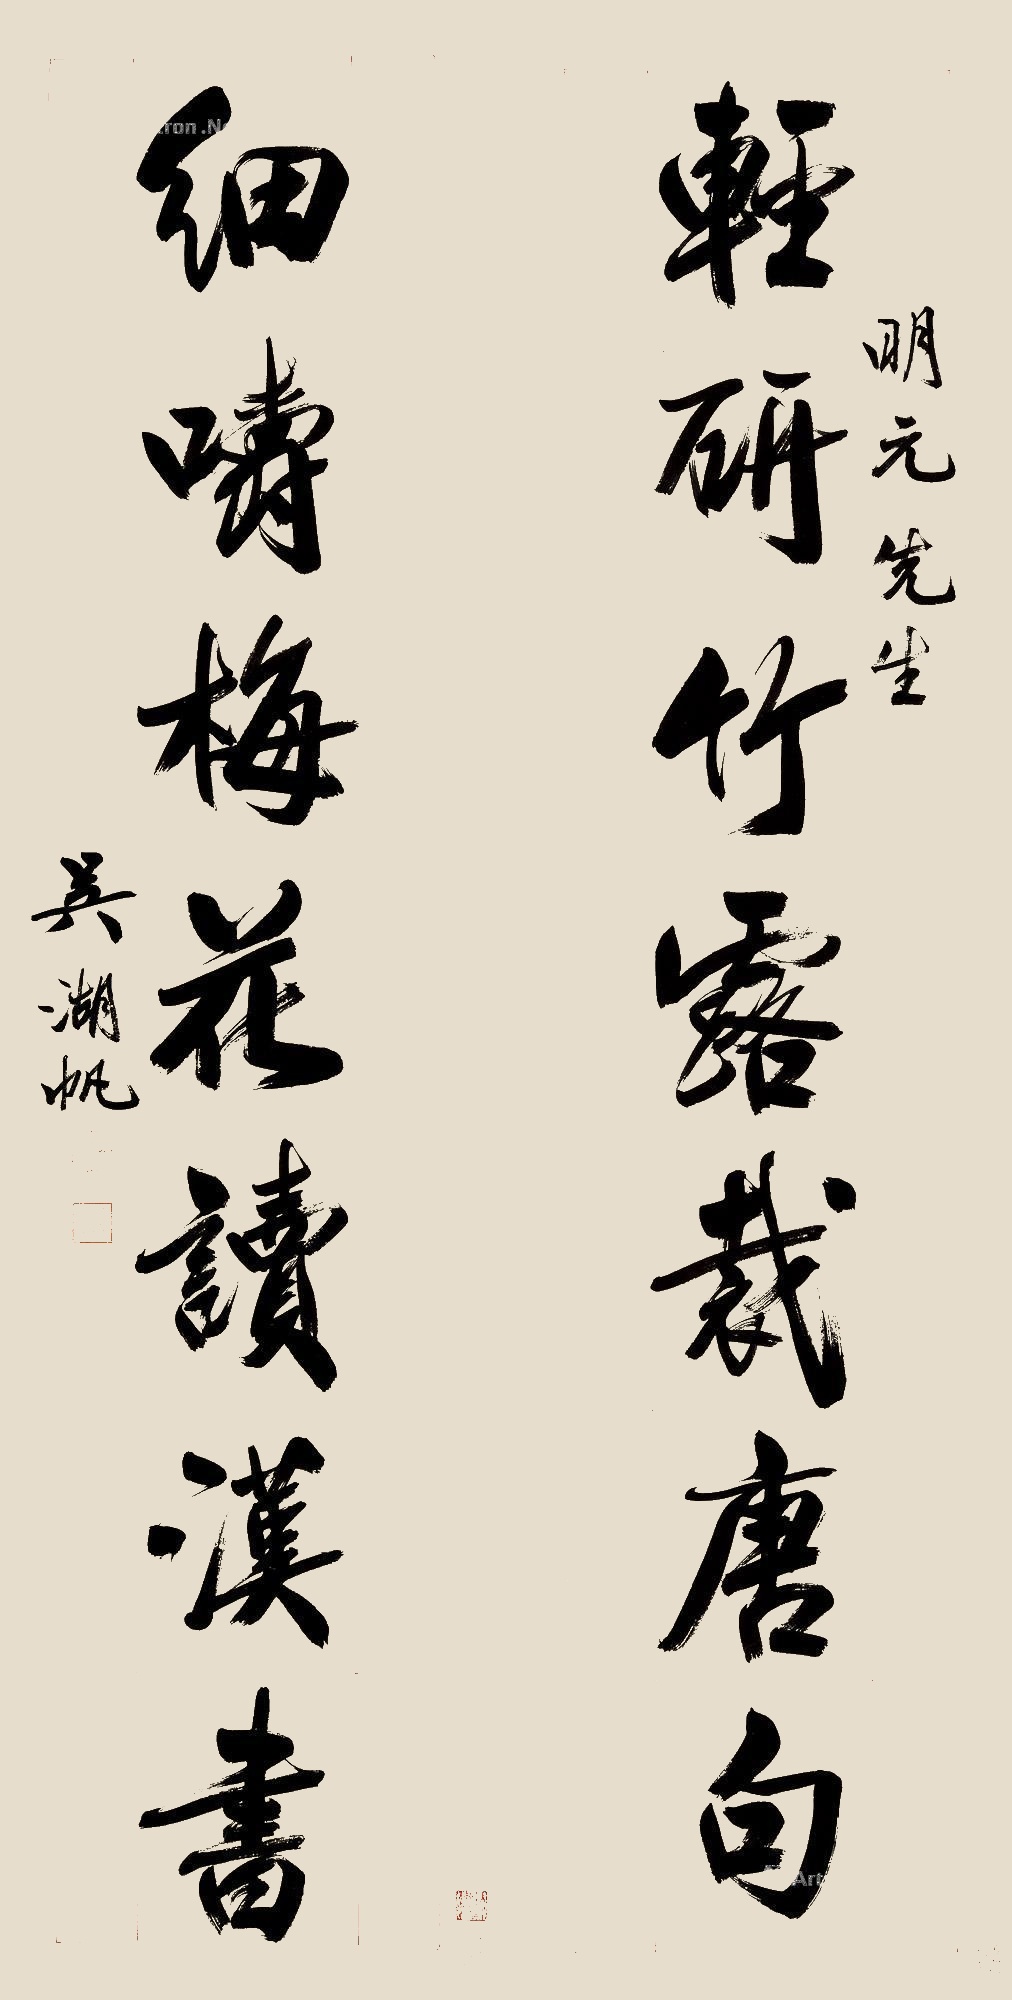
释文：轻研竹露裁唐句，细嚼梅花读汉书。明元先生。吴湖帆。